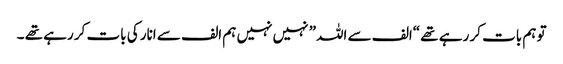
تو ہم بات کر رہے تھے “الف سے اللہ” نہیں نہیں ہم الف سے انار کی بات کر رہے تھے ۔